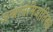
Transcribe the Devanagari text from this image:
अन्थ्रोसेमिओतिक्स